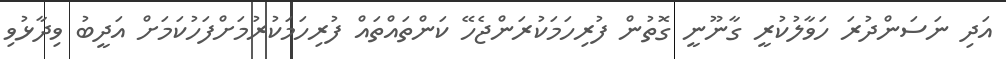
އަދި ނަސަންދުރަ ހަވާލުކުރީ ގާނޫނީ ގޮތުން ފުރިހަމަކުރަންޖެހޭ ކަންތައްތައް ފުރިހަމަކުރުމަށްފަހުކަމަށް އަދީބު ވިދާޅުވި